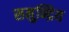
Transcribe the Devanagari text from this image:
समुन्द्रिय